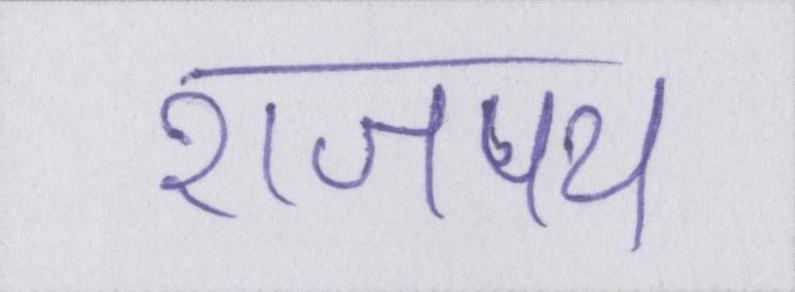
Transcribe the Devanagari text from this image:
राजपथ